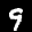
Label: 9